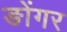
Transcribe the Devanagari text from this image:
ङोंगर